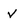
Character: v